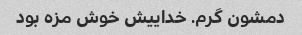
دمشون گرم. خداییش خوش مزه بود